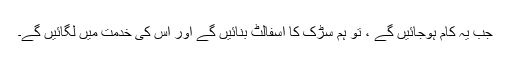
جب یہ کام ہوجائیں گے ، تو ہم سڑک کا اسفالٹ بنائیں گے اور اس کی خدمت میں لگائیں گے۔